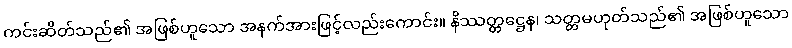
ကင်းဆိတ်သည်၏ အဖြစ်ဟူသော အနက်အားဖြင့်လည်းကောင်း။ နိဿတ္တဋ္ဌေန၊ သတ္တမဟုတ်သည်၏ အဖြစ်ဟူသော